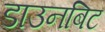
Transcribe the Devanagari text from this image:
डाउनबिट